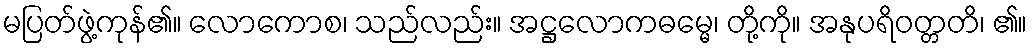
မပြတ်ဖွဲ့ကုန်၏။ လောကောစ၊ သည်လည်း။ အဋ္ဌလောကဓမ္မေ၊ တို့ကို။ အနုပရိဝတ္တတိ၊ ၏။